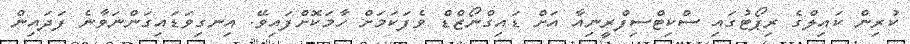
ކުރިން ކައިލްގެ ރިޕޯޓުގައި ސްކިޓްސިފްރީނިއާ އަށް ޑައިގްނޯޒްޑް ވެފަކަމަށް ހާމަކޮށްފައިވޭ. އިނގިވަޑައިގަންނަވާނެ ފަދައިން